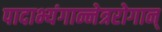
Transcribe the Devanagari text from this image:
पादाभ्यंगान्नेत्ररोगान्